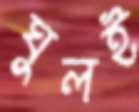
ঘুলই